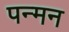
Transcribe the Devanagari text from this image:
पन्मन